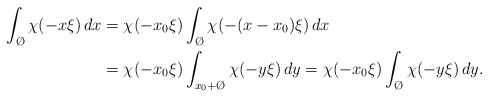
\begin{align*}\int_{\O}\chi(-x \xi)\, dx &= \chi(-x_{0} \xi)\int_{\O}\chi(-(x - x_{0}) \xi)\, dx\\& = \chi(-x_{0} \xi)\int_{x_0 + \O}\chi(-y \xi)\, dy = \chi(-x_{0} \xi)\int_{\O}\chi(-y \xi)\, dy.\end{align*}